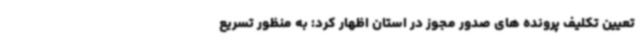
تعیین تکلیف پرونده های صدور مجوز در استان اظهار کرد: به منظور تسریع